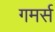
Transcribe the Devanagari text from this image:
गमर्स